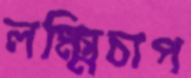
লক্ষ্মিচাপ